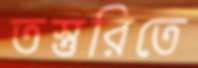
তস্তুরিতে